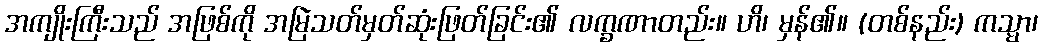
အကျိုးကြီးသည် အဖြစ်ကို အမြဲသတ်မှတ်ဆုံးဖြတ်ခြင်း၏ လက္ခဏာတည်း။ ဟိ၊ မှန်၏။ (တစ်နည်း) ကသ္မာ၊